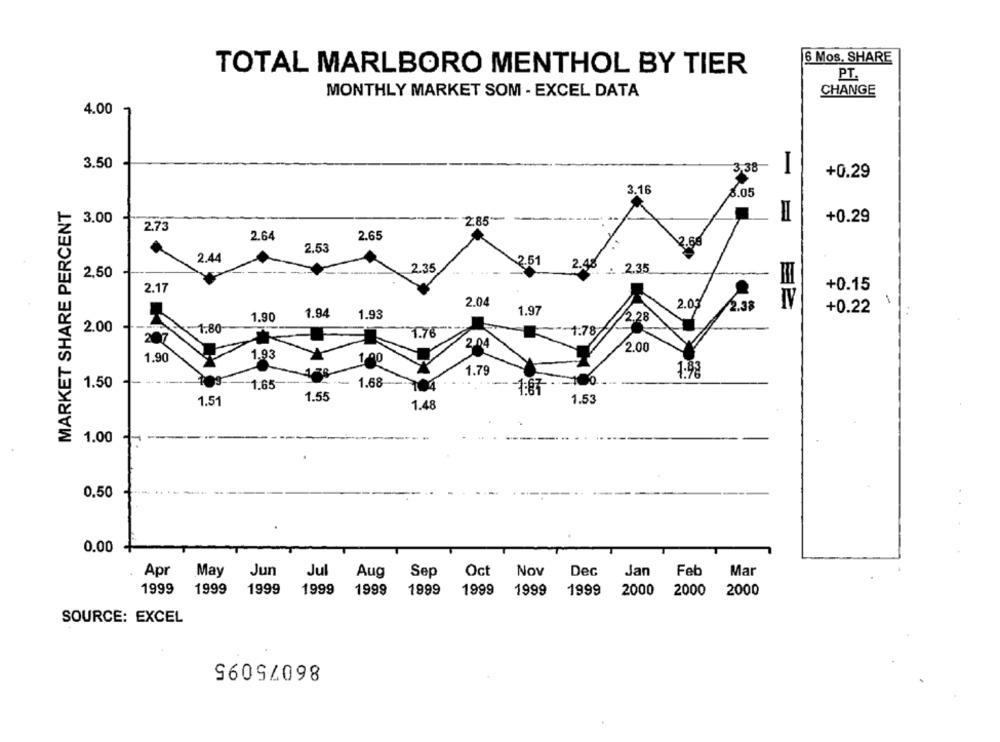
6 Mos. SHARE
TOTAL MARLBORO MENTHOL BY TIER
PT.
MONTHLY MARKET SOM - EXCEL DATA
CHANGE
4.00
3.50
3.38
+0.29
3.16
8.05
MARKET SHARE PERCENT
3.00
2.85 ****
+0.29
2.73
2.64
2.65
2.53
2.44
2.51
2.48
2,50
2.35
. 2.35
2.17
+0.15
2.04
2.03
1.97
2.33
+0.22
1.90
1.94
1.93
/2.28
-
2.00
-1.80-
1.76
1.78
207
2.04
2.00
1.93
1.90
1 90
1.79
1:98
1.50
1.65
1.68
1.51
1.55
1.53
1.48
1.00
0.50
0.00
May
Nov
Mar
Apr
Jun
Jul
Aug
Sep
Oct
Dec
Jan
Feb
1999
1999
1999
1999
1999
1999
1999
1999
1999
2000
2000
2000
SOURCE: EXCEL
86075095